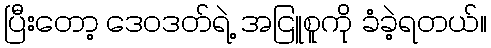
ပြီးတော့ ဒေဝဒတ်ရဲ့ အငြူစူကို ခံခဲ့ရတယ်။